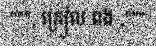
""", ក្រៀល ពង ,"""